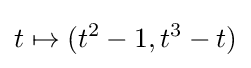
t\mapsto (t^{2}-1,t^{3}-t)